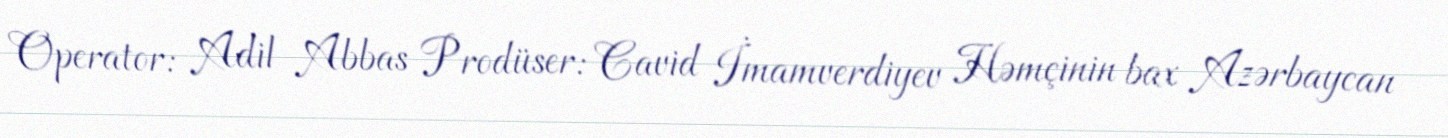
Operator: Adil Abbas Prodüser: Cavid İmamverdiyev Həmçinin bax Azərbaycan